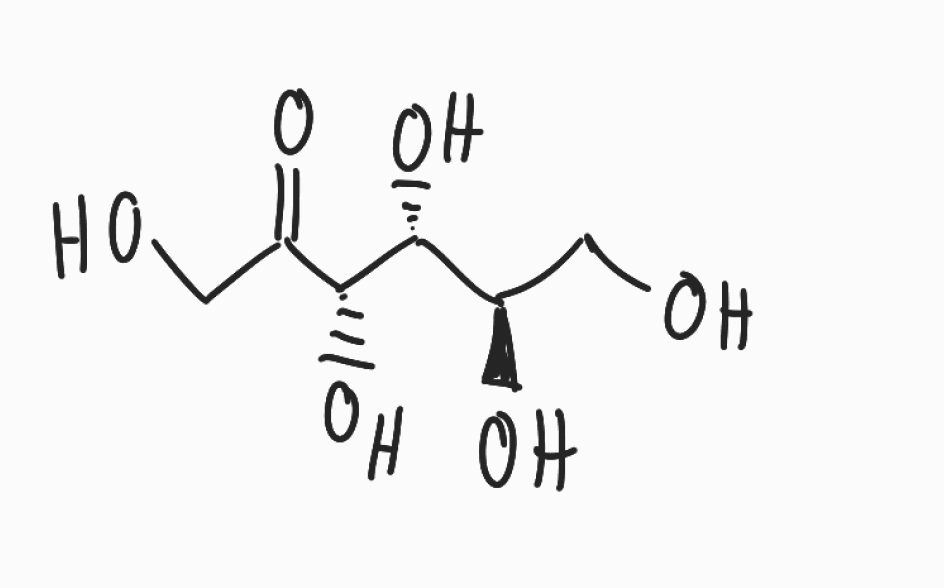
Simplified molecular-input line-entry system (SMILES) notation of the given molecule:
C([C@H]([C@H]([C@@H](C(=O)CO)O)O)O)O